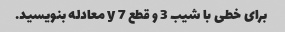
برای خطی با شیب 3 و قطع y 7 معادله بنویسید.